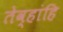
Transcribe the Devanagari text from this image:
तेव्हांहि